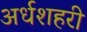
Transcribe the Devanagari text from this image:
अर्धशहरी